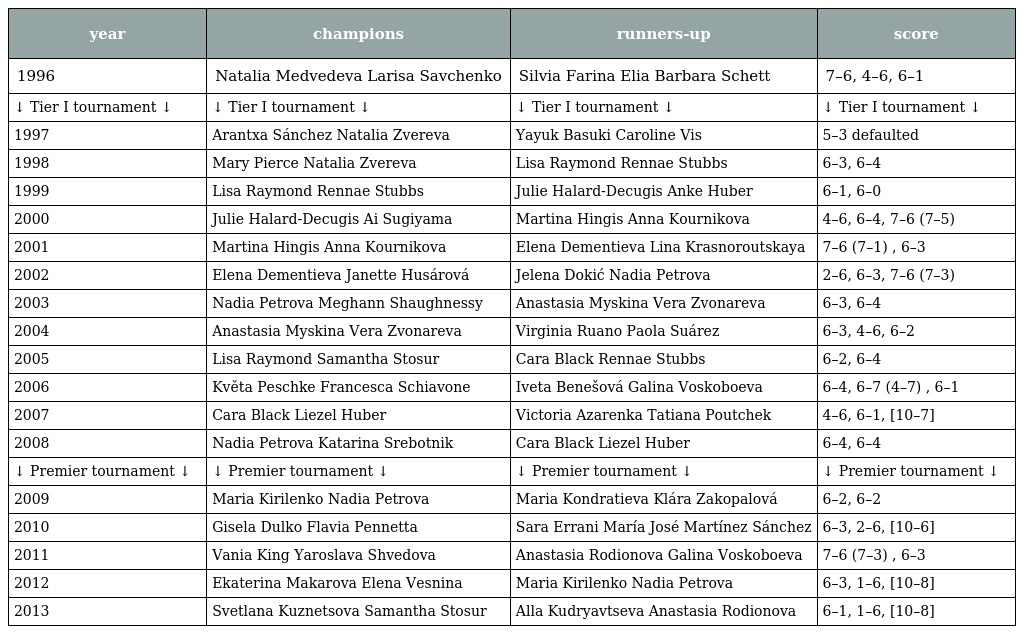
| year | champions | runners-up | score |
 | --- | --- | --- | --- |
 | 1996 | Natalia Medvedeva Larisa Savchenko | Silvia Farina Elia Barbara Schett | 7–6, 4–6, 6–1 |
 | ↓ Tier I tournament ↓ | ↓ Tier I tournament ↓ | ↓ Tier I tournament ↓ | ↓ Tier I tournament ↓ |
 | 1997 | Arantxa Sánchez Natalia Zvereva | Yayuk Basuki Caroline Vis | 5–3 defaulted |
 | 1998 | Mary Pierce Natalia Zvereva | Lisa Raymond Rennae Stubbs | 6–3, 6–4 |
 | 1999 | Lisa Raymond Rennae Stubbs | Julie Halard-Decugis Anke Huber | 6–1, 6–0 |
 | 2000 | Julie Halard-Decugis Ai Sugiyama | Martina Hingis Anna Kournikova | 4–6, 6–4, 7–6 (7–5) |
 | 2001 | Martina Hingis Anna Kournikova | Elena Dementieva Lina Krasnoroutskaya | 7–6 (7–1) , 6–3 |
 | 2002 | Elena Dementieva Janette Husárová | Jelena Dokić Nadia Petrova | 2–6, 6–3, 7–6 (7–3) |
 | 2003 | Nadia Petrova Meghann Shaughnessy | Anastasia Myskina Vera Zvonareva | 6–3, 6–4 |
 | 2004 | Anastasia Myskina Vera Zvonareva | Virginia Ruano Paola Suárez | 6–3, 4–6, 6–2 |
 | 2005 | Lisa Raymond Samantha Stosur | Cara Black Rennae Stubbs | 6–2, 6–4 |
 | 2006 | Květa Peschke Francesca Schiavone | Iveta Benešová Galina Voskoboeva | 6–4, 6–7 (4–7) , 6–1 |
 | 2007 | Cara Black Liezel Huber | Victoria Azarenka Tatiana Poutchek | 4–6, 6–1, [10–7] |
 | 2008 | Nadia Petrova Katarina Srebotnik | Cara Black Liezel Huber | 6–4, 6–4 |
 | ↓ Premier tournament ↓ | ↓ Premier tournament ↓ | ↓ Premier tournament ↓ | ↓ Premier tournament ↓ |
 | 2009 | Maria Kirilenko Nadia Petrova | Maria Kondratieva Klára Zakopalová | 6–2, 6–2 |
 | 2010 | Gisela Dulko Flavia Pennetta | Sara Errani María José Martínez Sánchez | 6–3, 2–6, [10–6] |
 | 2011 | Vania King Yaroslava Shvedova | Anastasia Rodionova Galina Voskoboeva | 7–6 (7–3) , 6–3 |
 | 2012 | Ekaterina Makarova Elena Vesnina | Maria Kirilenko Nadia Petrova | 6–3, 1–6, [10–8] |
 | 2013 | Svetlana Kuznetsova Samantha Stosur | Alla Kudryavtseva Anastasia Rodionova | 6–1, 1–6, [10–8] |